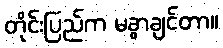
တိုင်းပြည်က မခွာချင်တာ။